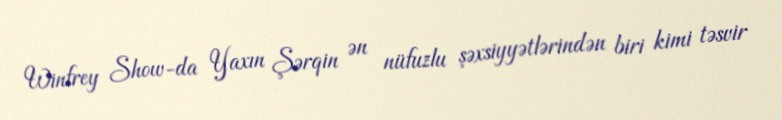
Winfrey Show-da Yaxın Şərqin ən nüfuzlu şəxsiyyətlərindən biri kimi təsvir